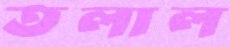
তলাল